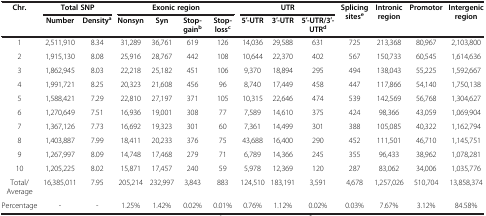
<table><thead><tr><td><b>Chr.</b></td><td colspan="2"><b>Total SNP</b></td><td colspan="4"><b>Exonic region</b></td><td colspan="3"><b>UTR</b></td><td><b>Splicing sites<sup>e</sup></b></td><td><b>Intronic region</b></td><td><b>Promotor</b></td><td><b>Intergenic region</b></td></tr><tr><td><b> </b></td><td><b>Number</b></td><td><b>Density<sup>a</sup></b></td><td><b>Nonsyn</b></td><td><b>Syn</b></td><td><b>Stop-gain<sup>b</sup></b></td><td><b>Stop-loss<sup>c</sup></b></td><td><b>5′-UTR</b></td><td><b>3′-UTR</b></td><td><b>5′-UTR/3′-UTR<sup>d</sup></b></td><td><b> </b></td><td><b> </b></td><td><b> </b></td><td><b> </b></td></tr></thead><tbody><tr><td>1</td><td>2,511,910</td><td>8.34</td><td>31,289</td><td>36,761</td><td>619</td><td>126</td><td>14,036</td><td>29,588</td><td>631</td><td>725</td><td>213,368</td><td>80,967</td><td>2,103,800</td></tr><tr><td>2</td><td>1,915,130</td><td>8.08</td><td>25,916</td><td>28,767</td><td>442</td><td>108</td><td>10,644</td><td>22,370</td><td>402</td><td>567</td><td>150,733</td><td>60,545</td><td>1,614,636</td></tr><tr><td>3</td><td>1,862,945</td><td>8.03</td><td>22,218</td><td>25,182</td><td>451</td><td>106</td><td>9,370</td><td>18,894</td><td>295</td><td>494</td><td>138,043</td><td>55,225</td><td>1,592,667</td></tr><tr><td>4</td><td>1,991,721</td><td>8.25</td><td>20,323</td><td>21,608</td><td>456</td><td>96</td><td>8,740</td><td>17,449</td><td>458</td><td>447</td><td>117,866</td><td>54,140</td><td>1,750,138</td></tr><tr><td>5</td><td>1,588,421</td><td>7.29</td><td>22,810</td><td>27,197</td><td>371</td><td>105</td><td>10,315</td><td>22,646</td><td>474</td><td>539</td><td>142,569</td><td>56,768</td><td>1,304,627</td></tr><tr><td>6</td><td>1,270,649</td><td>7.51</td><td>16,936</td><td>19,001</td><td>308</td><td>77</td><td>7,589</td><td>14,610</td><td>375</td><td>424</td><td>98,366</td><td>43,059</td><td>1,069,904</td></tr><tr><td>7</td><td>1,367,126</td><td>7.73</td><td>16,692</td><td>19,323</td><td>301</td><td>60</td><td>7,361</td><td>14,499</td><td>301</td><td>388</td><td>105,085</td><td>40,322</td><td>1,162,794</td></tr><tr><td>8</td><td>1,403,887</td><td>7.99</td><td>18,411</td><td>20,233</td><td>376</td><td>75</td><td>43,688</td><td>16,400</td><td>290</td><td>452</td><td>111,501</td><td>46,710</td><td>1,145,751</td></tr><tr><td>9</td><td>1,267,997</td><td>8.09</td><td>14,748</td><td>17,468</td><td>279</td><td>71</td><td>6,789</td><td>14,366</td><td>245</td><td>355</td><td>96,433</td><td>38,962</td><td>1,078,281</td></tr><tr><td>10</td><td>1,205,225</td><td>8.02</td><td>15,871</td><td>17,457</td><td>240</td><td>59</td><td>5,978</td><td>12,369</td><td>120</td><td>287</td><td>83,062</td><td>34,006</td><td>1,035,776</td></tr><tr><td>Total/Average</td><td>16,385,011</td><td>7.95</td><td>205,214</td><td>232,997</td><td>3,843</td><td>883</td><td>124,510</td><td>183,191</td><td>3,591</td><td>4,678</td><td>1,257,026</td><td>510,704</td><td>13,858,374</td></tr><tr><td>Percentage</td><td>-</td><td>-</td><td>1.25%</td><td>1.42%</td><td>0.02%</td><td>0.01%</td><td>0.76%</td><td>1.12%</td><td>0.02%</td><td>0.03%</td><td>7.67%</td><td>3.12%</td><td>84.58%</td></tr></tbody></table>